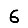
Digit: 6